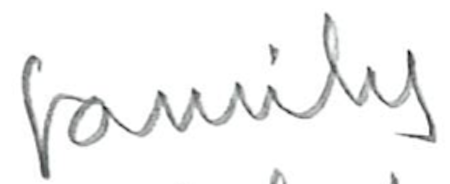
Text: family
Cross-out: clean
Writing tool: pencil